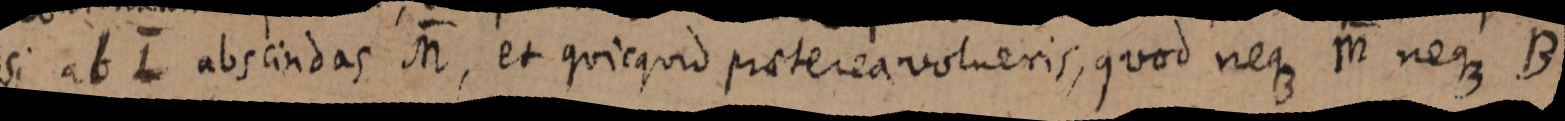
si ab L abscindas M, et quicquid preterea volveris, quod neque M neque B